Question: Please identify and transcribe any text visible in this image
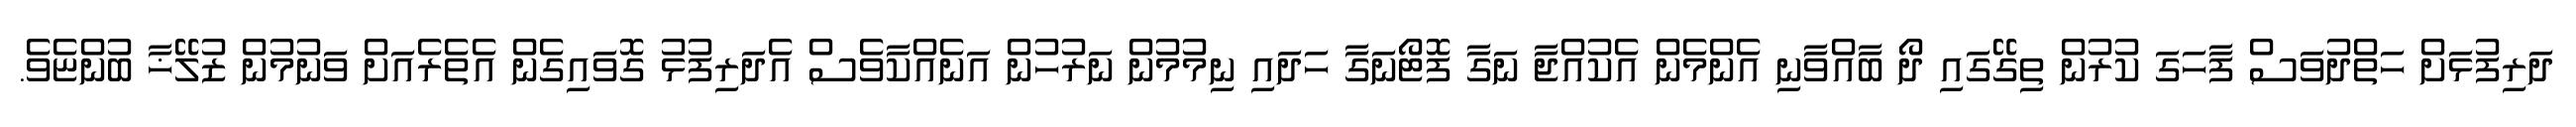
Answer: ދަރިފުޅަށް ހަތްދުވަސް ފާހަގަ ކުރުން ތިގޭގައި ދޯ ބާއްވާނި އެންމެން އެކުއްޖާ ނަގާ ފޮޓޯނަގާ ހަދައި ނިމުމުން ނަރުހުން އަނެއްކާވެސް އެދަރިފުޅު ގޮވައިގެން އެތެރެއަށް ވަނުމުން ޒުލޭޚާ ބުންޏެވެ.